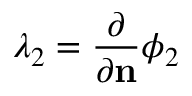
\lambda _ { 2 } = \frac { \partial } { \partial \mathbf { n } } \phi _ { 2 }